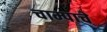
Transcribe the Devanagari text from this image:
चाम्पाचे